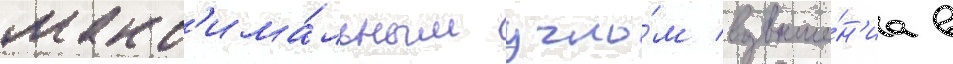
макс'има́льным угло́м возвыше́н'иа в